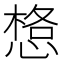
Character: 𱞼